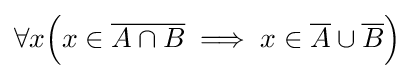
\forall x{\Big (}x\in {\overline {A\cap B}}\implies x\in {\overline {A}}\cup {\overline {B}}{\Big )}